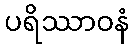
ပရိဿာဝနံ